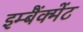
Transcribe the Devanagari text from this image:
इम्बैंक्मेंट